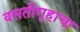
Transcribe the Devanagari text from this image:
वसतीगृहाचा